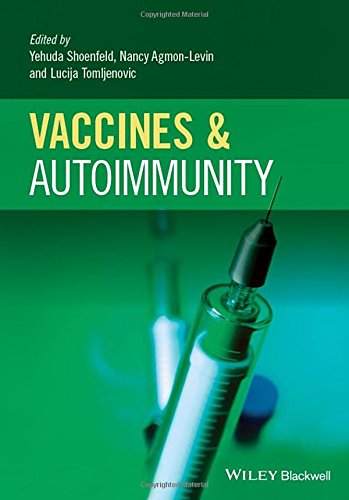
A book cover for Vaccines and Autoimmunity; Medical Books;